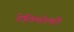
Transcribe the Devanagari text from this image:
टेलिफोनही